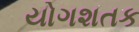
યોગશતક